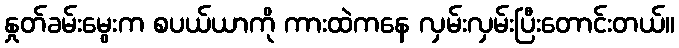
နှုတ်ခမ်းမွေးက စပယ်ယာကို ကားထဲကနေ လှမ်းလှမ်းပြီးတောင်းတယ်။